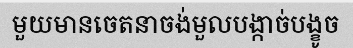
មួយមានចេតនាចង់មួលបង្កាច់បង្ខូច